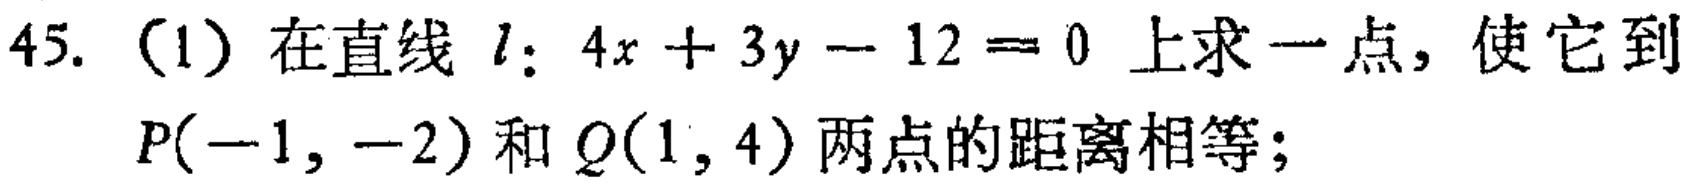
45. (1) 在直线 \(l:4x + 3y - 12 = 0\) 上求一点，使它到 \(P(-1,-2)\) 和 \(Q(1,4)\) 两点的距离相等；